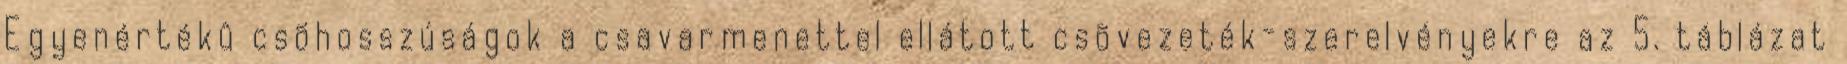
Egyenértékû csõhosszúságok a csavarmenettel ellátott csõvezeték-szerelvényekre az 5. táblázat